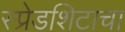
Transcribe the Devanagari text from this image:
स्प्रेडशिटाचा